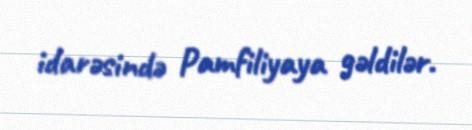
idarəsində Pamfiliyaya gəldilər.